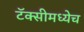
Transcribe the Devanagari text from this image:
टॅक्सीमध्येच